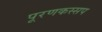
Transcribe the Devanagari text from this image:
पूरणकस्सप